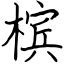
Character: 槟